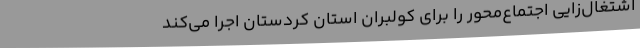
اشتغال‌زایی اجتماع‌محور را برای کولبران استان کردستان اجرا می‌کند